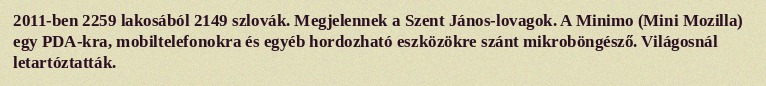
2011-ben 2259 lakosából 2149 szlovák. Megjelennek a Szent János-lovagok. A Minimo (Mini Mozilla) egy PDA-kra, mobiltelefonokra és egyéb hordozható eszközökre szánt mikroböngésző. Világosnál letartóztatták.